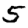
Digit: 5